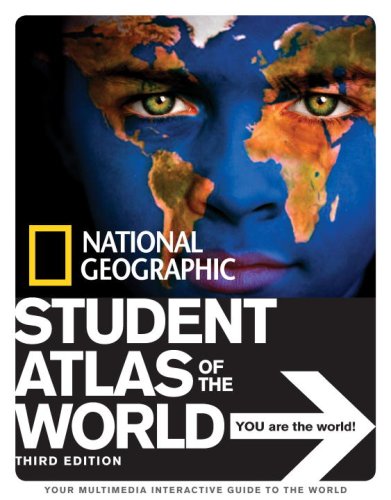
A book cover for National Geographic Student Atlas of the World Third Edition (National Geographic Student Atlas of the World (Quality)); National Geographic; Teen & Young Adult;